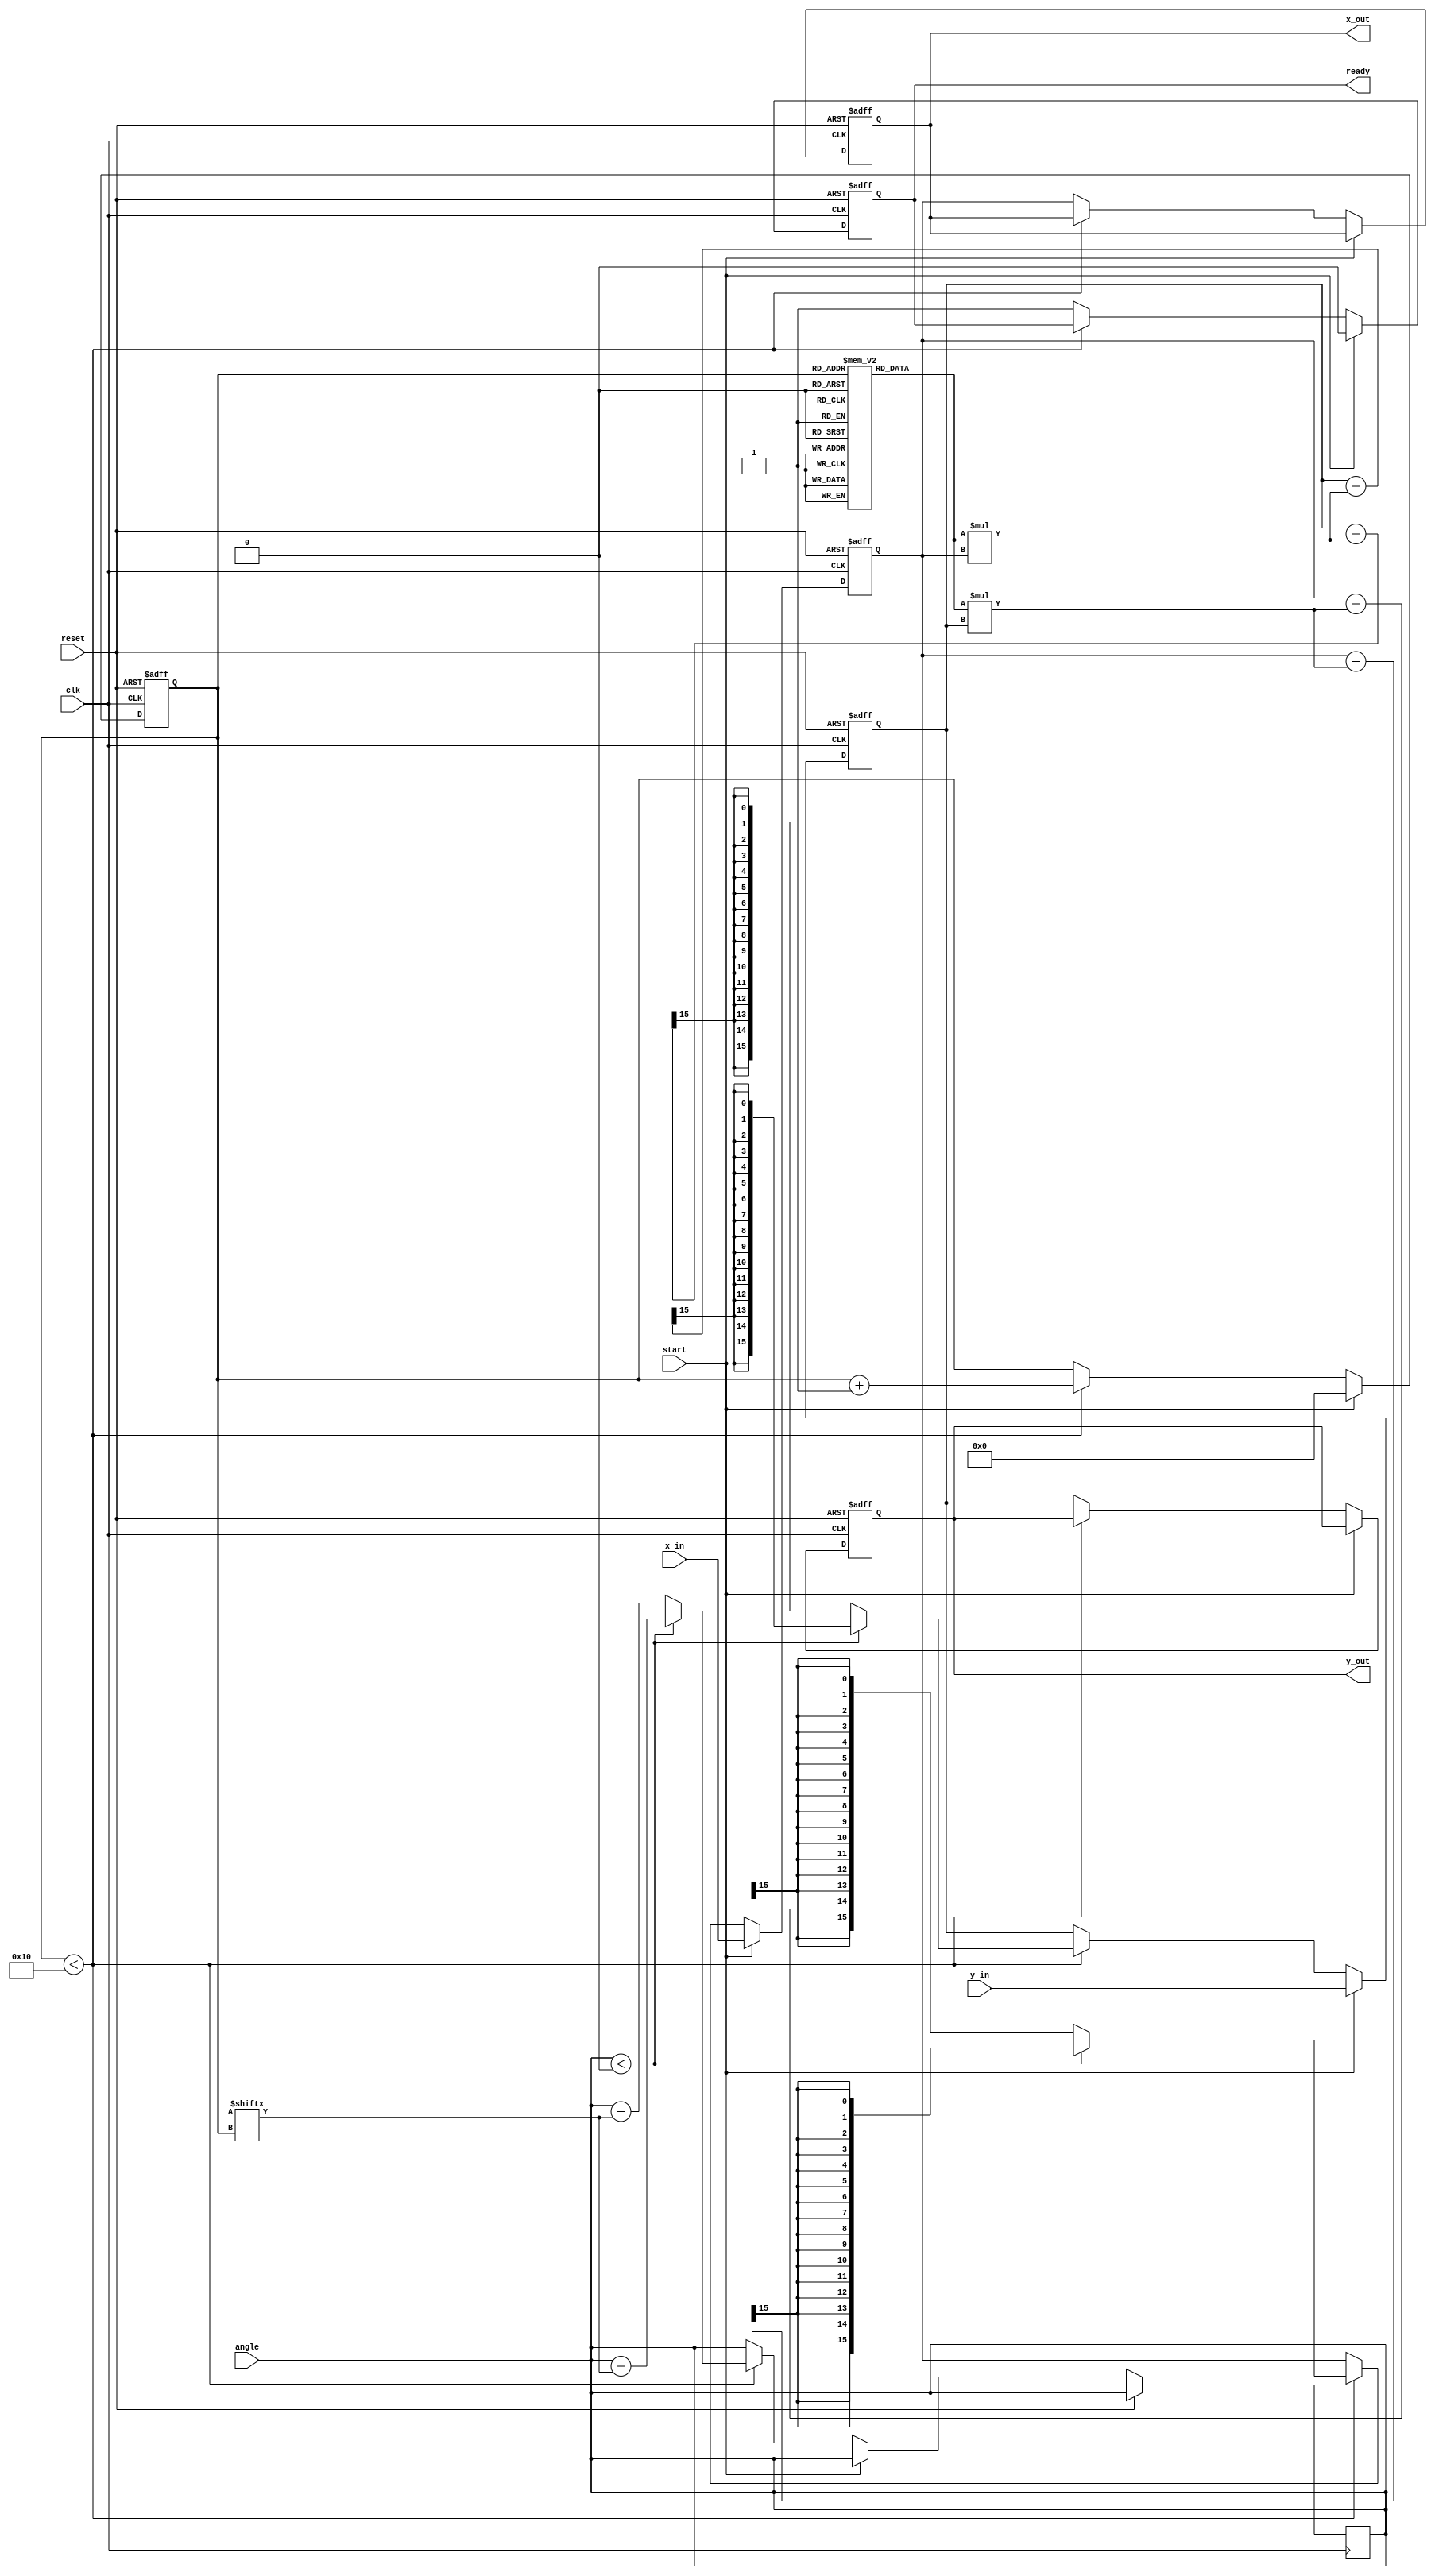
module cordic_rotational #(
    parameter DATA_WIDTH = 16,  // Bit width for fixed-point representation
    parameter ITERATIONS = 16    // Number of CORDIC iterations
)(
    input wire clk,
    input wire reset,
    input wire start,
    input wire signed [DATA_WIDTH-1:0] angle,  // Input angle (in radians or degrees)
    input wire signed [DATA_WIDTH-1:0] x_in,    // Initial x-coordinate
    input wire signed [DATA_WIDTH-1:0] y_in,    // Initial y-coordinate
    output reg signed [DATA_WIDTH-1:0] x_out,    // Output x-coordinate
    output reg signed [DATA_WIDTH-1:0] y_out,    // Output y-coordinate
    output reg ready                       // Completion flag
);

    // Scaling factors for each iteration
    reg signed [DATA_WIDTH-1:0] K[0:ITERATIONS-1];
    initial begin
        // Precomputed scaling factors (K_n) for the CORDIC algorithm
        K[0] = 16'h1; // K_0
        K[1] = 16'h1; // K_1
        K[2] = 16'h1; // K_2
        K[3] = 16'h1; // K_3
        K[4] = 16'h1; // K_4
        K[5] = 16'h1; // K_5
        K[6] = 16'h1; // K_6
        K[7] = 16'h1; // K_7
        K[8] = 16'h1; // K_8
        K[9] = 16'h1; // K_9
        K[10] = 16'h1; // K_10
        K[11] = 16'h1; // K_11
        K[12] = 16'h1; // K_12
        K[13] = 16'h1; // K_13
        K[14] = 16'h1; // K_14
        K[15] = 16'h1; // K_15
    end

    reg signed [DATA_WIDTH-1:0] x_reg;
    reg signed [DATA_WIDTH-1:0] y_reg;
    reg [3:0] iteration_count;
    
    always @(posedge clk or posedge reset) begin
        if (reset) begin
            x_out <= 0;
            y_out <= 0;
            ready <= 0;
            iteration_count <= 0;
            x_reg <= 0;
            y_reg <= 0;
        end else if (start) begin
            // Initialize coordinates
            x_reg <= x_in;
            y_reg <= y_in;
            iteration_count <= 0;
            ready <= 0;
        end else if (iteration_count < ITERATIONS) begin
            // CORDIC rotation logic
            if (angle < 0) begin
                // Counterclockwise rotation
                x_reg <= x_reg + K[iteration_count] * y_reg >>> 15; // Shift for scaling
                y_reg <= y_reg - K[iteration_count] * x_reg >>> 15; // Shift for scaling
                angle <= angle + atan_table[iteration_count]; // Update angle
            end else begin
                // Clockwise rotation
                x_reg <= x_reg - K[iteration_count] * y_reg >>> 15; // Shift for scaling
                y_reg <= y_reg + K[iteration_count] * x_reg >>> 15; // Shift for scaling
                angle <= angle - atan_table[iteration_count]; // Update angle
            end
            iteration_count <= iteration_count + 1;
        end else begin
            // Output results
            x_out <= x_reg;
            y_out <= y_reg;
            ready <= 1;
        end
    end

endmodule